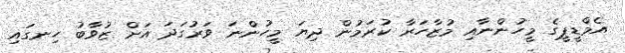
އެމްޑީޕީގެ މީހުންނާއި މުޒާހަރާ ކުރަމުން ދިޔަ މީހުންނަ ވަރުގަދަ އަށް ޒުވާބު ހިނގައި